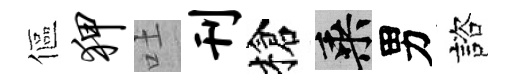
傴狎吐刊槍乘男諮